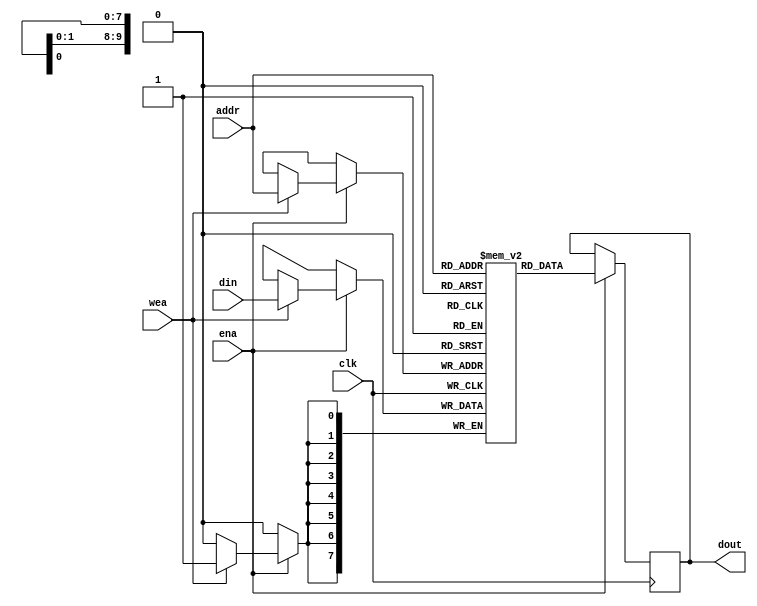
module generic_ram #
  (
   parameter ADDR_BITS = 10,
   parameter DATA_BITS = 8,
   parameter INIT_FILE = ""
   )

   (
    input                      clk,
    input                      ena,
    input                      wea,
    input [ADDR_BITS-1:0]      addr,
    input [DATA_BITS-1:0]      din,
    output reg [DATA_BITS-1:0] dout
    );

   reg [DATA_BITS-1:0] ram[(2**ADDR_BITS)-1:0];

   initial begin
      if (INIT_FILE != "") begin
         $readmemh(INIT_FILE, ram, 0, (2**ADDR_BITS)-1);
      end
   end

   always @(posedge clk) begin
      if (ena) begin
         if (wea) begin
            ram[addr[ADDR_BITS-1:0]] <= din;
         end
         dout <= ram[addr[ADDR_BITS-1:0]];
      end
   end

endmodule